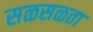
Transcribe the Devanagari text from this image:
सळसळता